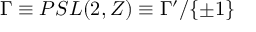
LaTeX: { \Gamma } \equiv P S L ( 2 , Z ) \equiv \Gamma ^ { \prime } / { \{ \pm 1 \} }